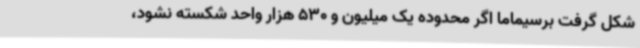
شکل گرفت برسیماما اگر محدوده یک میلیون و 530 هزار واحد شکسته نشود،